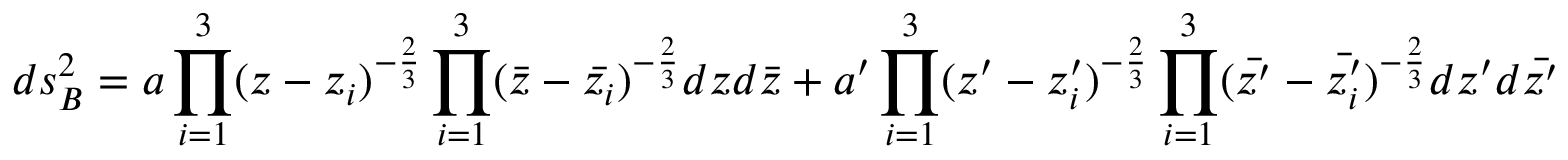
d s _ { B } ^ { 2 } = a \prod _ { i = 1 } ^ { 3 } ( z - z _ { i } ) ^ { - \frac { 2 } { 3 } } \prod _ { i = 1 } ^ { 3 } ( \bar { z } - \bar { z _ { i } } ) ^ { - \frac { 2 } { 3 } } d z d \bar { z } + a ^ { \prime } \prod _ { i = 1 } ^ { 3 } ( z ^ { \prime } - z _ { i } ^ { \prime } ) ^ { - \frac { 2 } { 3 } } \prod _ { i = 1 } ^ { 3 } ( \bar { z ^ { \prime } } - \bar { z _ { i } ^ { \prime } } ) ^ { - \frac { 2 } { 3 } } d z ^ { \prime } d \bar { z ^ { \prime } }